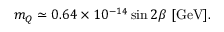
m _ { Q } \simeq 0 . 6 4 \times 1 0 ^ { - 1 4 } \sin 2 \beta \ \mathrm { [ G e V ] } .